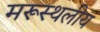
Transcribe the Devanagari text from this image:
मरूस्‍थलीय